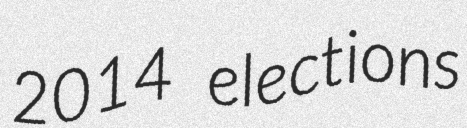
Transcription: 2014 elections